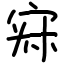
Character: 𡨜